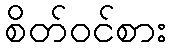
စိတ်ဝင်စား